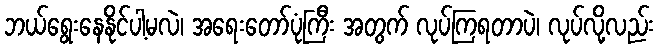
ဘယ်ရွေးနေနိုင်ပါ့မလဲ၊ အရေးတော်ပုံကြီး အတွက် လုပ်ကြရတာပဲ၊ လုပ်လို့လည်း